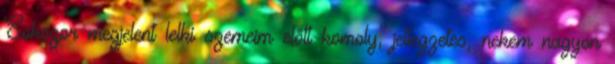
Sokszor megjelent lelki szemeim előtt komoly, jellegzetes, nekem nagyon